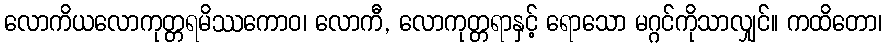
လောကိယလောကုတ္တရမိဿကောဝ၊ လောကီ, လောကုတ္တရာနှင့် ရောသော မဂ္ဂင်ကိုသာလျှင်။ ကထိတော၊